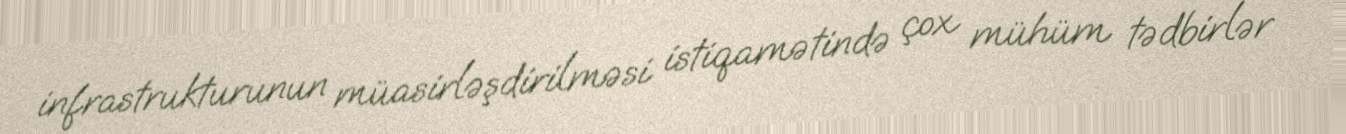
infrastrukturunun müasirləşdirilməsi istiqamətində çox mühüm tədbirlər